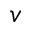
v